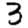
Digit: 3